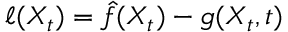
{ \ell ( X _ { t } ) = \hat { f } ( X _ { t } ) - g ( X _ { t } , t ) }